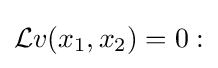
{\mathcal {L}}v(x_{1},x_{2})=0: